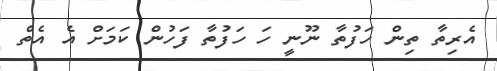
އެރިތާ ތިން ހަފުތާ ނޫނީ ހަ ހަފުތާ ފަހުން ކަމަށް އެ އެތް